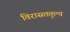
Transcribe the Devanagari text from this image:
विरासततुल्य